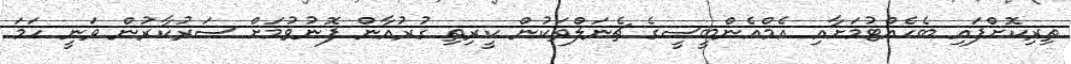
ތިރިކޮށްފައި ބެހެއްޓުމަށާއި އެމްއެންބީސީގެ ޗެނަލްތަކުން ކީރިތި ގުރުއާން ފޮނުވުމަށް ސަރުކާރުން ވަނީ ހަމަ